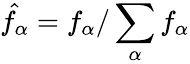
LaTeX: \hat{f_{\alpha}}=f_{\alpha}/\sum_{\alpha}f_{\alpha}